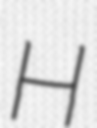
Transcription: H